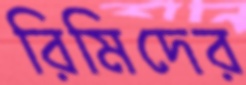
রিমিদের